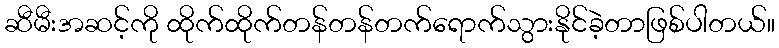
ဆီမီးအဆင့်ကို ထိုက်ထိုက်တန်တန်တက်ရောက်သွားနိုင်ခဲ့တာဖြစ်ပါတယ်။